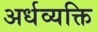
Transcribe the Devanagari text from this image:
अर्धव्यक्ति